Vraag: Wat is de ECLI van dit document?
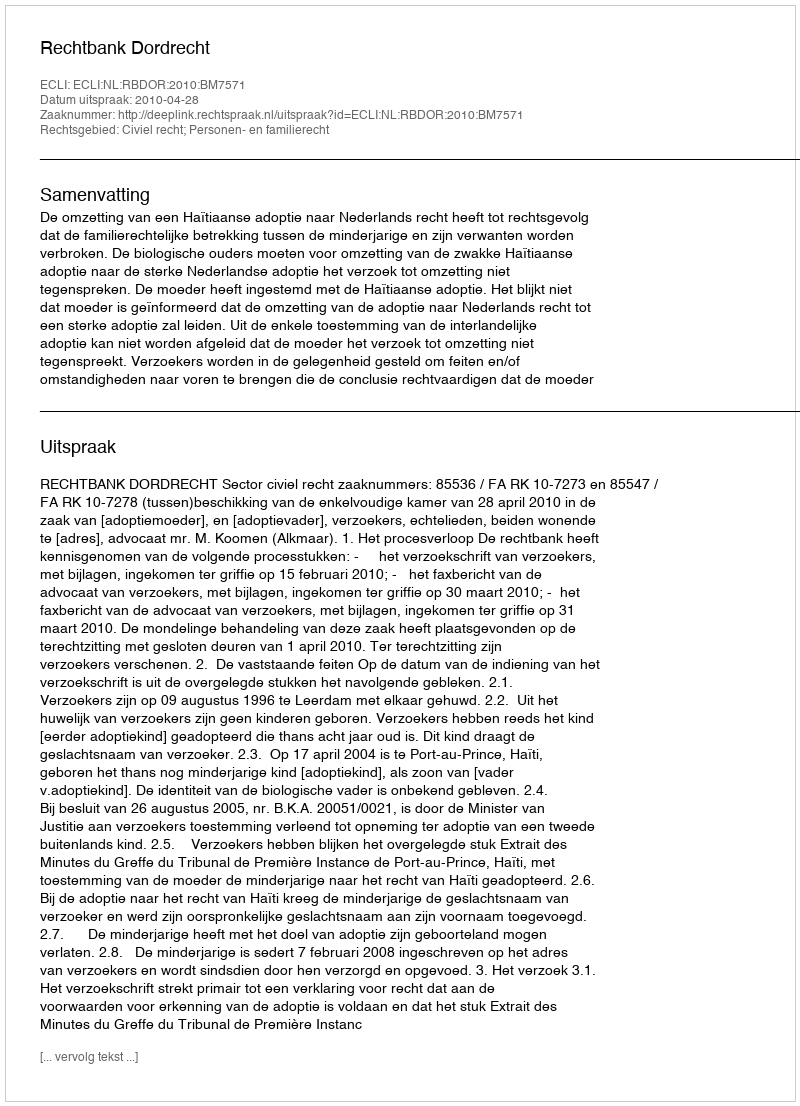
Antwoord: ECLI:NL:RBDOR:2010:BM7571